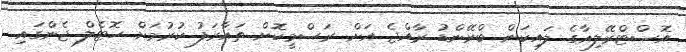
އޮސްޓްރޭލިއާގެ ލައިކަން ބްރޭންޑު ރާއްޖެ އަށް ރަސްމީކޮށް ތައާރަފު ކުރުމަށް ހޮޓެލް ޖެންގައި